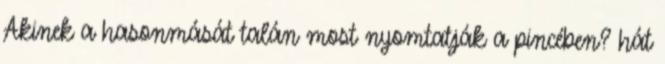
Akinek a hasonmását talán most nyomtatják a pincében? hát